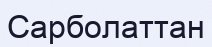
Сарболаттан